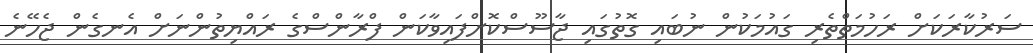
ސަރުކާރަކަށް ރަހުމަތްތެރި ގައުމަކުން ނުބައި ގޮތުގައި ޖާސޫސްކޮށްފައިވާކަން ފްރާންސްގެ ރައްޔިތުންނަށް އެނގެން ޖެހޭނެ